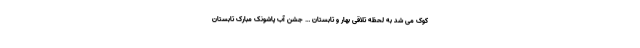
کوک می شد به لحظه تلاقی بهار و تابستان … جشن آب پاشونک مبارک تابستان